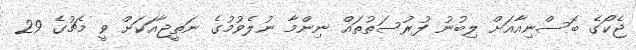
ޖެކޯގެ ބޮސްނިއާއަށް ލިބުނު ފުރުސަތުތައް ނިންމާ ނުލެވުމުގެ ނަތީޖާއަކަށް ވީ މެޗުގެ 29